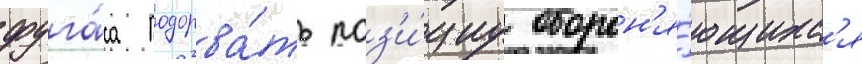
фуга́са подорва́ть поз'и́циу оборон'я́ющихс'я